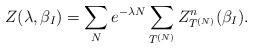
LaTeX: \begin{align*}Z(\lambda,\beta_I )=\sum_N e^{-\lambda N} \sum_{T^{(N)}} Z^n_{T^{(N)}}(\beta_I ).\end{align*}